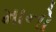
માનો